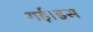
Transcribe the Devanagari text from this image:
गई।इस